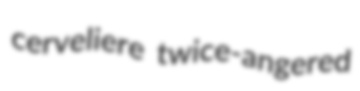
cerveliere twice-angered